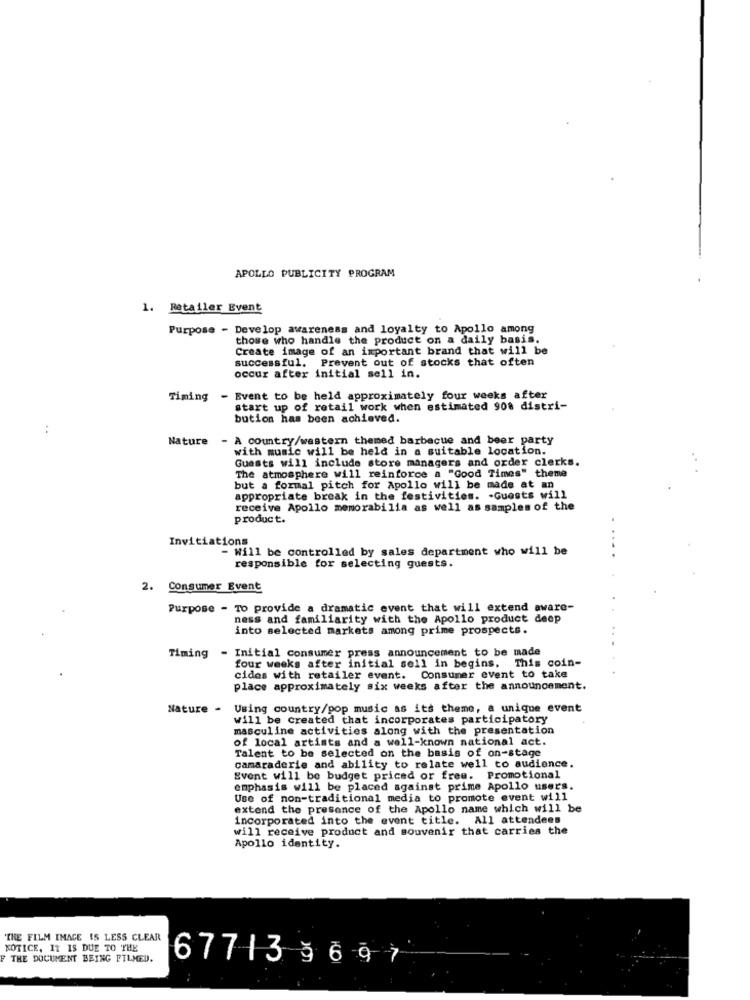
APOLLO PUBLICITY PROGRAM
1. Retailer Event
Purpose - Develop awareness and loyalty to Apollo among
those who handle the product on a daily basis.
Create image of an important brand that will be
successful. Prevent out of stocks that often
occur after initial sell in.
Timing
- Event to be held approximately four weeks after
start up of retail work when estimated 90% distri-
bution has been achieved.
:
Nature - A country/western themed barbecue and beer party
with music will be held in a suitable location.
Guests will include store managers and order clerks.
The atmosphere will reinforce a "Good Times" theme
but a formal pitch for Apollo will be made at an
appropriate break in the festivities. - Guests will
receive Apollo memorabilia as well as samples of the
product.
Invitiations
- Will be controlled by sales department who will be
responsible for selecting guests.
2. Consumer Event
Purpose - To provide a dramatic event that will extend aware-
ness and familiarity with the Apollo product deep
into selected markets among prime prospects.
Timing - Initial consumer press announcement to be made
four weeks after initial sell in begins. This coin-
cides with retailer event. Consumer event to take
place approximately six weeks after the announcement.
Nature .
Using country/pop music as its theme, a unique event
will be created that incorporates participatory
masculine activities along with the presentation
of local artists and a well-known national act.
Talent to be selected on the basis of on-stage
camaraderie and ability to relate well to audience.
Event will be budget priced or free. Promotional
emphasis will be placed against prime Apollo users.
Use of non-traditional media to promote event will
extend the presence of the Apollo name which will be
incorporated into the event title. All attendees
will receive product and souvenir that carries the
Apollo identity.
THE FILM IMAGE IS LESS CLEAR
KOTICE, 11 IS DUE TO THE
F THE DOCUMENT BEING PILMED.
67713 9697